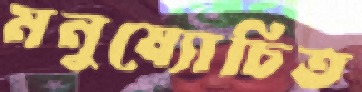
মনুষ্যোচিত